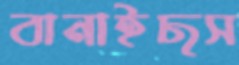
বানাইছস